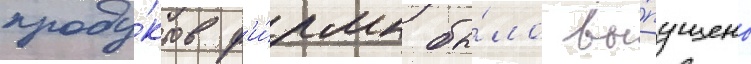
проду́ктов ф'и́рмы бы́ло вы́пущено